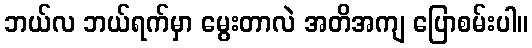
ဘယ်လ ဘယ်ရက်မှာ မွေးတာလဲ အတိအကျ ပြောစမ်းပါ။